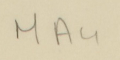
MA4